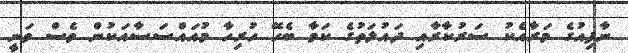
ނާފިއުގެ މަރާއެކު ސަރުކާރާއި ދައުލަތުގެ ކަމާ ބެހޭ ހުރިހާ މުއައްސަސާއަކުން ވެސް ވަނީ